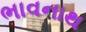
ભાવનાથ